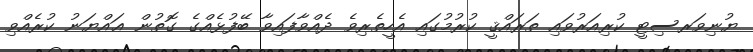
ޔުނިވަރސިޓީ ކުރިއަރުވައި ތަރައްޤީ ކުރުމުގައި އެހީތެރިވެ ދެއްވާފައިވާ ބޭފުޅެއްގެ ގޮތުން ޢައްޔަނު ކުރެއްވި